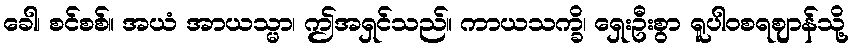
ခေါ၊ စင်စစ်။ အယံ အာယသ္မာ၊ ဤအရှင်သည်။ ကာယသက္ခိ၊ ရှေးဦးစွာ ရူပါဝစရဈာန်သို့